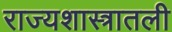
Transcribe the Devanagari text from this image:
राज्यशास्त्रातली